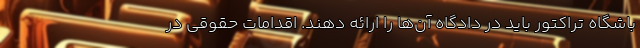
باشگاه تراکتور باید در دادگاه آن‌ها را ارائه دهند. اقدامات حقوقی در